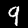
Digit: 9